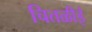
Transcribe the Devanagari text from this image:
चितळीई